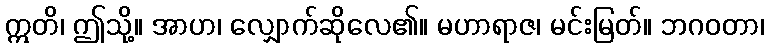
ဣတိ၊ ဤသို့။ အာဟ၊ လျှောက်ဆိုလေ၏။ မဟာရာဇ၊ မင်းမြတ်။ ဘဂဝတာ၊